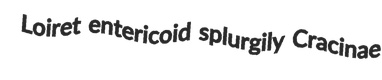
Loiret entericoid splurgily Cracinae